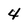
Character: 4